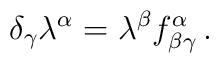
\delta _\gamma  \lambda ^\alpha =\lambda ^\beta f_{\beta \gamma}^\alpha \,.